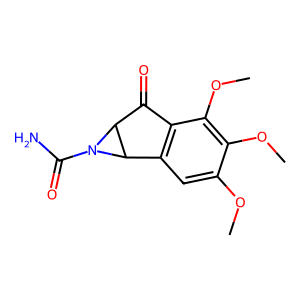
SMILES: COc1cc2c(c(OC)c1OC)C(=O)C1C2N1C(N)=O
Inhibits HIV replication: No